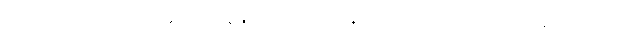
အယျာယ၊ အရှင်ဖြစ်သော။ နန္ဒမာတုယာ၊ နန္ဒသတိုးသား၏ အမိ၏။ နိဝသေနေ၊